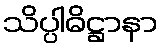
သိပ္ပါဓိဋ္ဌာနာ